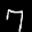
Label: 7